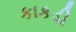
કાકડી